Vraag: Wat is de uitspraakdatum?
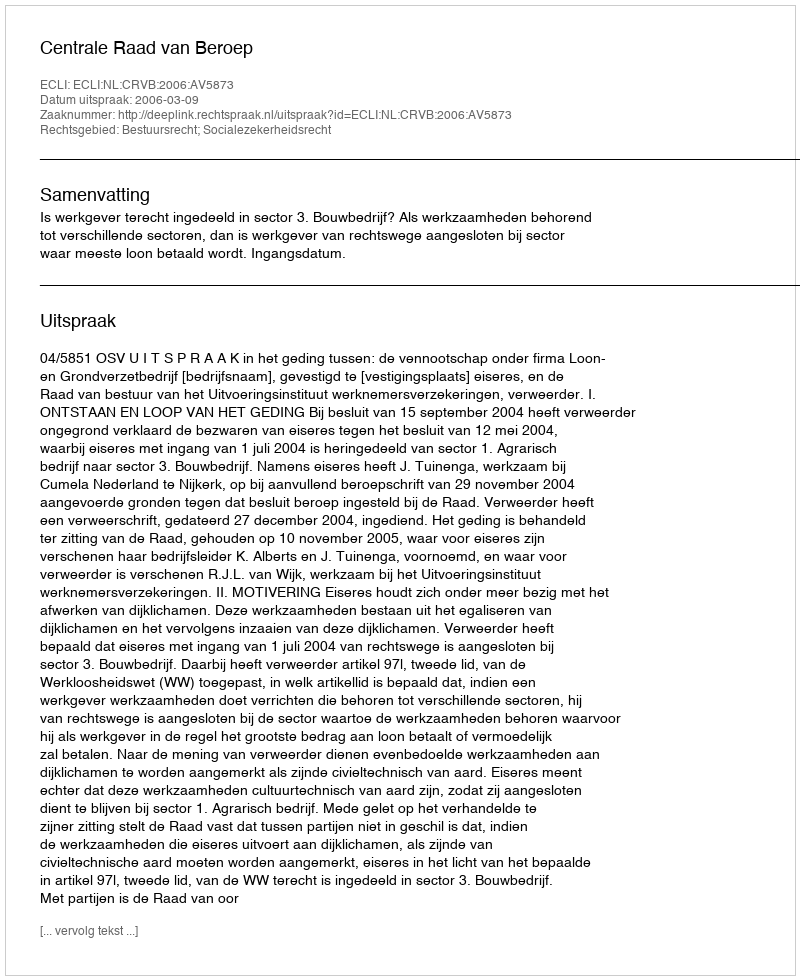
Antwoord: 2006-03-09